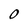
Character: O